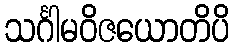
သင်္ဂါမဝိဇယောတိပိ